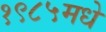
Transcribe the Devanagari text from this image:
१९८५मधे